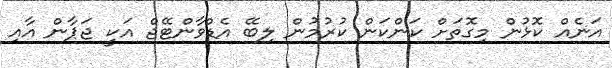
އަނެއް ކޮޅުން މިގޮތަށް ކަންކަން ކުރުމުން ލިބޭ އެޑްވާންޓޭޖް އަކީ ޖަޕާން އާއި